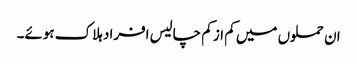
ان حملوں میں کم از کم چالیس افراد ہلاک ہوئے۔